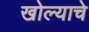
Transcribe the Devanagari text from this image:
खोल्याचे